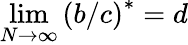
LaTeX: \operatorname*{lim}_{N\rightarrow\infty}\left(b/c\right)^{\ast}=d